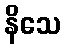
နိသေ